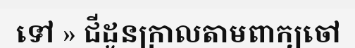
ទៅ » ជីដូនក្រាលតាមពាក្យចៅ